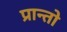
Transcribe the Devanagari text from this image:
प्रान्‍तो